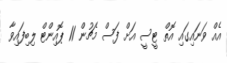
އެއް ވަނައިގައި އޮތް ޓީސީ އަށް ފަސް މެޗުން 11 ޕޮއިންޓް ލިބިފައިވާ